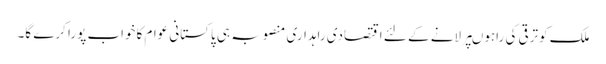
ملک کوترقی کی راہوںپرلانے کے لئے اقتصادی راہداری منصوبہ ہی پاکستانی عوام کاخواب پورا کرے گا۔